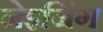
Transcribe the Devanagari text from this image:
नेइजिंग